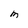
Character: m